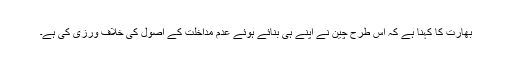
بھارت کا کہنا ہے کہ اس طرح چین نے اپنے ہی بنائے ہوئے عدم مداخلت کے اصول کی خلاف ورزی کی ہے۔